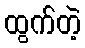
ထွက်တဲ့